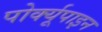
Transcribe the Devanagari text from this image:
पोर्क्यूपाइन